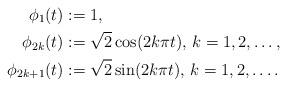
LaTeX: \begin{align*}\phi_{1}(t)&:=1,\\\phi_{2k}(t)&:=\sqrt{2}\cos(2k\pi t), \, k=1,2,\ldots,\\\phi_{2k+1}(t)&:=\sqrt{2}\sin(2k\pi t), \, k=1,2,\ldots.\end{align*}